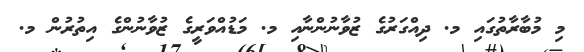
މި މުބާރާތުގައި މ. ދިއްގަރުގެ ޒުވާނުންނާއި މ. މަޑުއްވަރީގެ ޒުވާނުންގެ އިތުރުން މ.